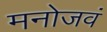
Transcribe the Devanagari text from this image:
मनोजवं